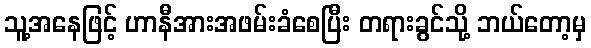
သူ့အနေဖြင့် ဟာနီအားအဖမ်းခံစေပြီး တရားခွင်သို့ ဘယ်တော့မှ